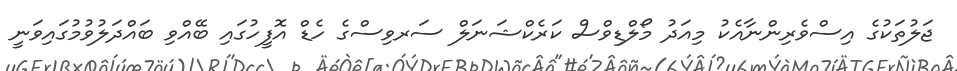
ޖަލުތަކުގެ އިސްވެރިންނާއެކު މިއަދު މޯލްޑިވްސް ކަރެކްޝަނަލް ސަރވިސްގެ ހެޑް އޮފީހުގައި ބޭއްވި ބައްދަލުވުމުގައިވަނީ